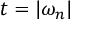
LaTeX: t = | \omega _ { n } |